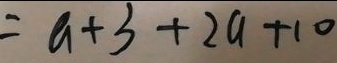
= a + 3 + 2 a + 1 0